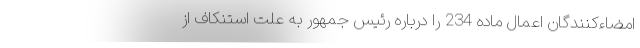
امضاءکنندگان اعمال ماده 234 را درباره رئیس جمهور به علت استنکاف از